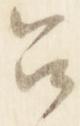
召